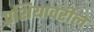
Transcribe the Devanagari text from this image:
प्रशियावरील